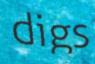
digs